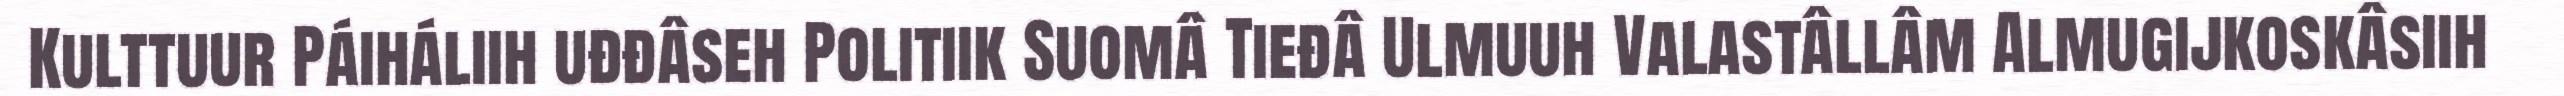
Kulttuur Páiháliih uđđâseh Politiik Suomâ Tieđâ Ulmuuh Valastâllâm Almugijkoskâsiih